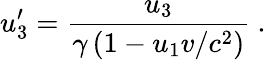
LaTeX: u_{3}^{\prime}={\frac{u_{3}}{\gamma\left(1-u_{1}v/c^{2}\right)}}\ .